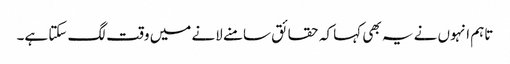
تاہم انہوں نے یہ بھی کہا کہ حقائق سامنے لانے میں وقت لگ سکتا ہے۔